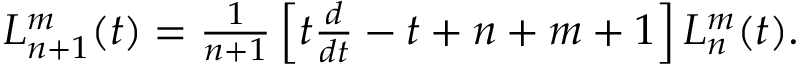
\begin{array} { r } { L _ { n + 1 } ^ { m } ( t ) = \frac { 1 } { n + 1 } \left[ t \frac { d } { d t } - t + n + m + 1 \right] L _ { n } ^ { m } ( t ) . } \end{array}